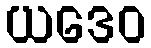
ယဒေဝ